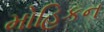
મોહિકન